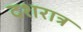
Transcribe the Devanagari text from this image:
दशरात्र